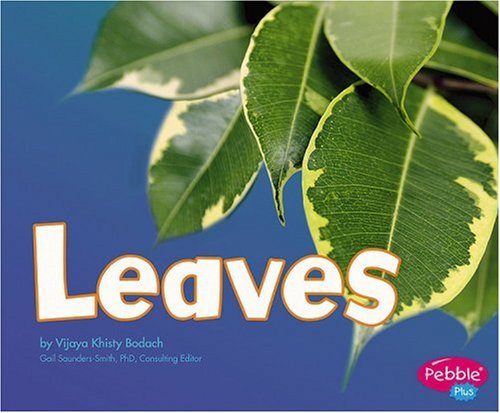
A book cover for Leaves (Plant Parts); Vijaya Khisty Bodach; Children's Books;